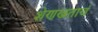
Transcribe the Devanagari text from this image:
शेणखताचं